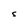
Character: 5